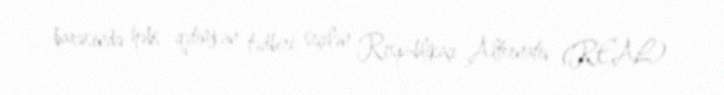
barəsində həbs qətimkan tədbiri seçilən Respublikaçı Alternativ (REAL)